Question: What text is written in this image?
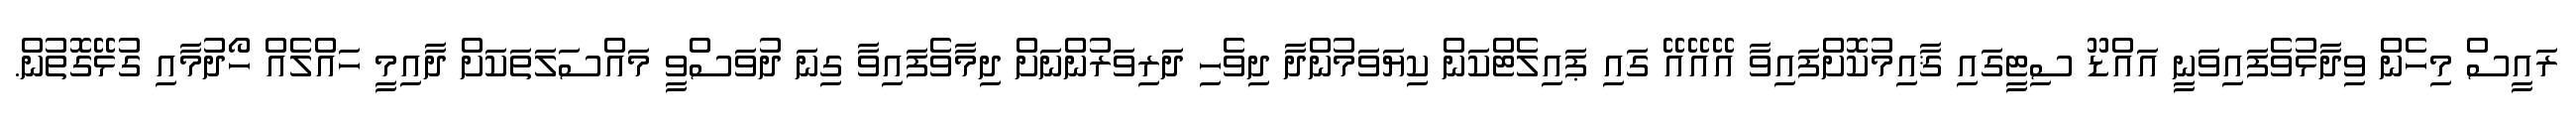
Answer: ރައީސް މިހެން ވިދާޅުވެފައިވަނީ އައްޑޫ ސިޓީގައި ޤާއިމުކޮށްފައިވާ އޭއޭއޭ ގައި ޕައިލެޓްކަން ކިޔަވަމުންދާ ދިވެހި ދަރިވަރުންނަށް ދިމާވެފައިވާ ގިނަ ދުވަސްވީ މައްސަލަތަކަށް ދާއިމީ ހައްލެއް ހޯދުމާއި ގުޅޭގޮތުން.